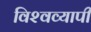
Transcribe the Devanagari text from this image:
विश्‍वव्यापी